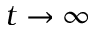
t \to \infty